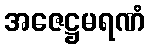
အဇေဋ္ဌမရဏံ